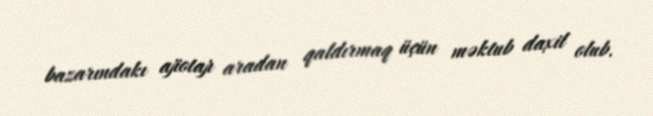
bazarındakı ajiotajı aradan qaldırmaq üçün məktub daxil olub.